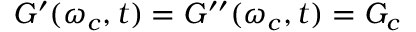
G ^ { \prime } ( \omega _ { c } , t ) = G ^ { \prime \prime } ( \omega _ { c } , t ) = G _ { c }